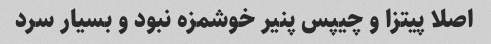
اصلا پیتزا و چیپس پنیر خوشمزه نبود و بسیار سرد